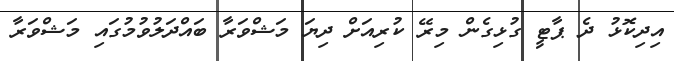
އިދިކޮޅު ދެ ޕާޓީ ގުޅިގެން މިރޭ ކުރިއަށް ދިޔަ މަޝްވަރާ ބައްދަލުވުމުގައި މަޝްވަރާ